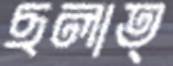
ছলাত্